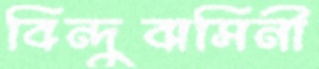
বিন্দুবাসিনী